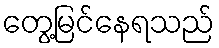
တွေ့မြင်နေရသည်